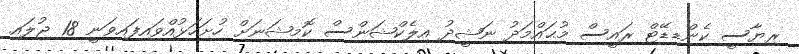
ރިޔާސީ ކެންޑިޑޭޓް ރައީސް މުޙައްމަދު ނަޝީދު އިލެކްޝަންސް ކޮމިޝަނަށް ހުށަހަޅުއްވައިފައިވަނީ 18 ޖުލައި